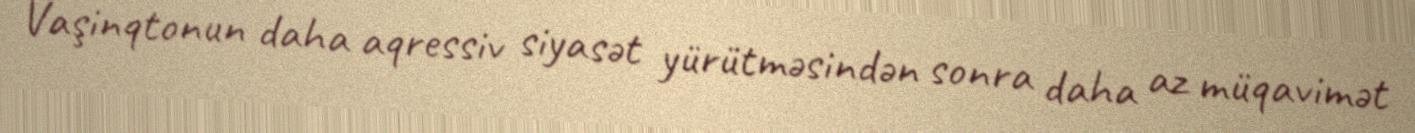
Vaşinqtonun daha aqressiv siyasət yürütməsindən sonra daha az müqavimət